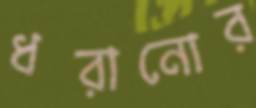
ধরানোর